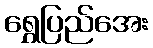
ရွှေပြည်အေး